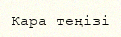
Кара теңізі